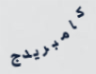
كامبريدج